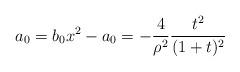
LaTeX: \begin{align*}a_0=b_0x^2-a_0=-\frac{4}{\rho ^2}\frac{t^2}{(1+t)^2}\end{align*}